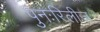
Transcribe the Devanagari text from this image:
पुनःरिलीज़